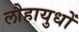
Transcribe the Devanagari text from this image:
लौहायुधों